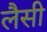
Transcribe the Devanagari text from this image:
लैसी